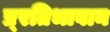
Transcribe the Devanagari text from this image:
प्र्रतिभावान